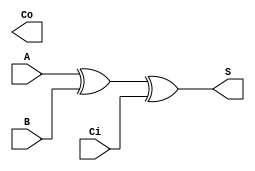
//////////////////////////////////////////////////////////////////////////////////
// Design Name: Full Adder for GP
//////////////////////////////////////////////////////////////////////////////////
`timescale 1ns / 1ps


module full_adder_gp(
    input  wire A,
    input  wire B,
    input  wire Ci,
    output wire S,
    output wire Co
    );

    assign S  = A ^ B ^ Ci;

endmodule